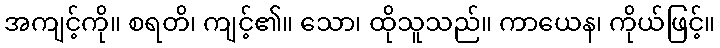
အကျင့်ကို။ စရတိ၊ ကျင့်၏။ သော၊ ထိုသူသည်။ ကာယေန၊ ကိုယ်ဖြင့်။